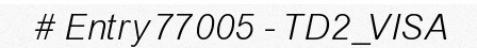
# Entry 77005 - TD2_VISA